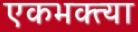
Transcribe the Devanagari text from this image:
एकभक्त्या